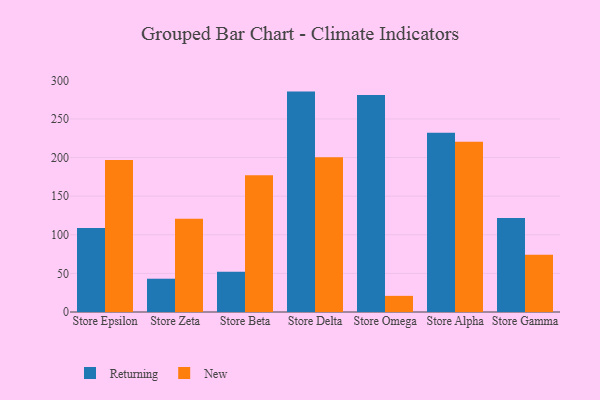
{"axis": {"x": "Store", "y": "Net Income (USD K)"}, "legend": ["New", "Returning"], "data": [{"x": "Store Epsilon", "y": 108.7, "type": "Returning"}, {"x": "Store Epsilon", "y": 196.8, "type": "New"}, {"x": "Store Zeta", "y": 43.1, "type": "Returning"}, {"x": "Store Zeta", "y": 120.9, "type": "New"}, {"x": "Store Beta", "y": 52.2, "type": "Returning"}, {"x": "Store Beta", "y": 177.0, "type": "New"}, {"x": "Store Delta", "y": 285.4, "type": "Returning"}, {"x": "Store Delta", "y": 200.4, "type": "New"}, {"x": "Store Omega", "y": 280.9, "type": "Returning"}, {"x": "Store Omega", "y": 20.9, "type": "New"}, {"x": "Store Alpha", "y": 232.0, "type": "Returning"}, {"x": "Store Alpha", "y": 220.5, "type": "New"}, {"x": "Store Gamma", "y": 121.6, "type": "Returning"}, {"x": "Store Gamma", "y": 74.2, "type": "New"}]}